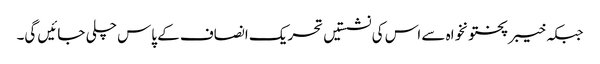
جبکہ خیبر پختونخواہ سے اس کی نشستیں تحریک انصاف کے پاس چلی جائیں گی۔